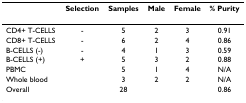
<table><thead><tr><td></td><td><b>Selection</b></td><td><b>Samples</b></td><td><b>Male</b></td><td><b>Female</b></td><td><b>% Purity</b></td></tr></thead><tbody><tr><td>CD4+ T-CELLS</td><td>-</td><td>5</td><td>2</td><td>3</td><td>0.91</td></tr><tr><td>CD8+ T-CELLS</td><td>-</td><td>6</td><td>2</td><td>4</td><td>0.86</td></tr><tr><td>B-CELLS (-)</td><td>-</td><td>4</td><td>1</td><td>3</td><td>0.59</td></tr><tr><td>B-CELLS (+)</td><td>+</td><td>5</td><td>3</td><td>2</td><td>0.88</td></tr><tr><td>PBMC</td><td></td><td>5</td><td>1</td><td>4</td><td>N/A</td></tr><tr><td>Whole blood</td><td></td><td>3</td><td>2</td><td>2</td><td>N/A</td></tr><tr><td>Overall</td><td></td><td>28</td><td></td><td></td><td>0.86</td></tr></tbody></table>